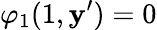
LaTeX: \varphi_{1}(1,\mathbf{y}^{\prime})=0